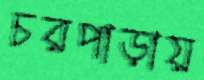
চরপাড়ায়